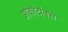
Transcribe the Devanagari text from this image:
ओकोटोक्स